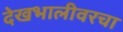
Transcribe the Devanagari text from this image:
देखभालीवरचा